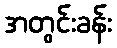
အတွင်းခန်း